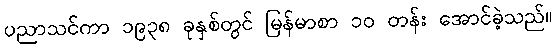
ပညာသင်ကာ ၁၉၃၈ ခုနှစ်တွင် မြန်မာစာ ၁၀ တန်း အောင်ခဲ့သည်။